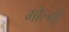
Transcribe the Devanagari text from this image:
मोल्गी